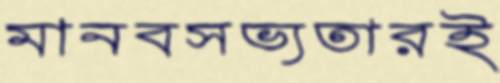
মানবসভ্যতারই